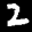
Label: 2